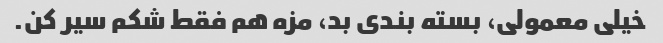
خیلی معمولی، بسته بندی بد، مزه هم فقط شکم سیر کن.